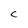
Character: c